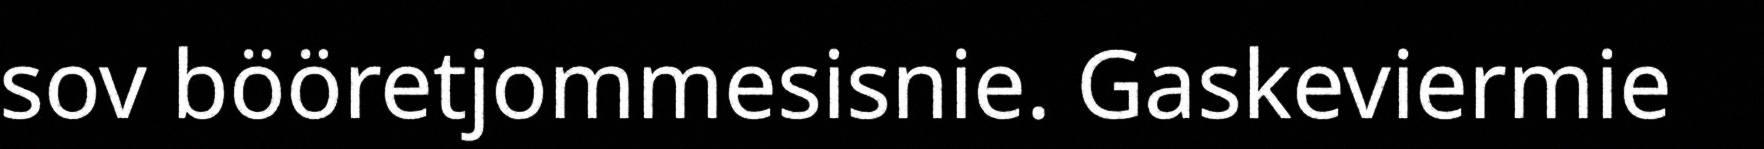
sov bööretjommesisnie. Gaskeviermie